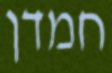
חמדן